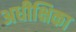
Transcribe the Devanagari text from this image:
अधीक्षिका